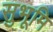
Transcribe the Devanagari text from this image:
सुभूमि